Report on vaccination in Madras 1895-1903 - 1895-1903
Year: 1895
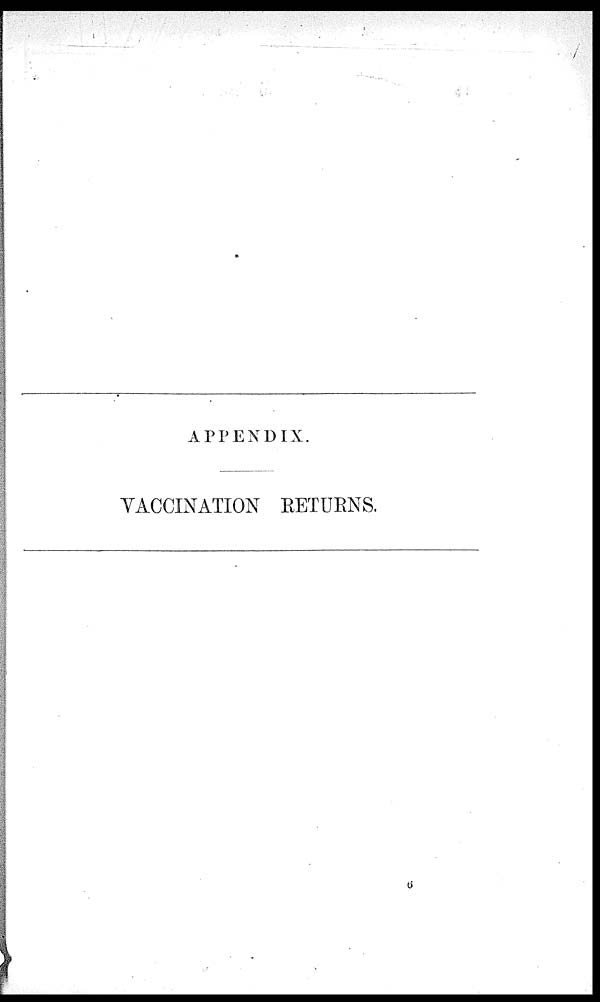
APPENDIX.
VACCINATION RETURNS.
6